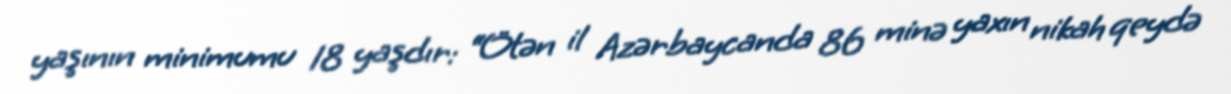
yaşının minimumu 18 yaşdır: “Ötən il Azərbaycanda 86 minə yaxın nikah qeydə